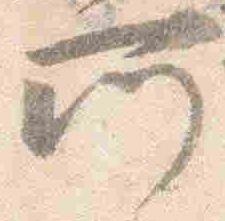
所